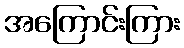
အကြောင်းကြား